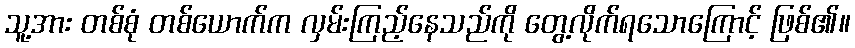
သူ့အား တစ်စုံ တစ်ယောက်က လှမ်းကြည့်နေသည်ကို တွေ့လိုက်ရသောကြောင့် ဖြစ်၏။